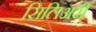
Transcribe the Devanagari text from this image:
सिलिअरी